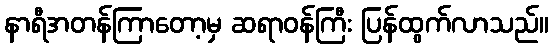
နာရီအတန်ကြာတော့မှ ဆရာဝန်ကြီး ပြန်ထွက်လာသည်။